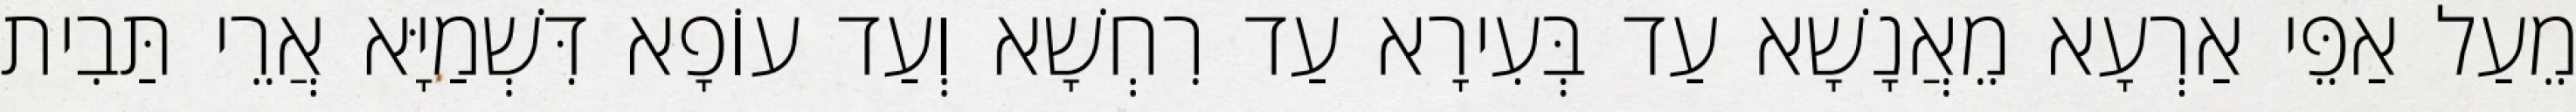
מֵעַל אַפֵּי אַרְעָא מֵאֲנָשָׁא עַד בְּעִירָא עַד רִחְשָׁא וְעַד עוֹפָא דִּשְׁמַיָּא אֲרֵי תַּבִית